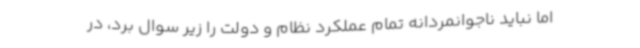
اما نباید ناجوانمردانه تمام عملکرد نظام و دولت را زیر سوال برد، در